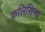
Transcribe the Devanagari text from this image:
कलिसिन्ध